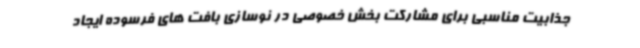
جذابیت مناسبی برای مشارکت بخش خصوصی در نوسازی بافت های فرسوده ایجاد